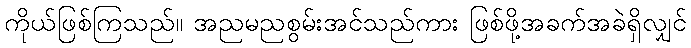
ကိုယ်ဖြစ်ကြသည်။ အညမညစွမ်းအင်သည်ကား ဖြစ်ဖို့အခက်အခဲရှိလျှင်